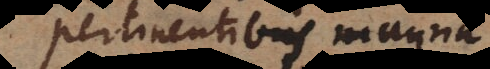
pertinentibus magna